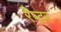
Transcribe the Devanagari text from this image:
रैप्‍टर